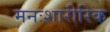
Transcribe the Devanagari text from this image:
मनःशारीरिक